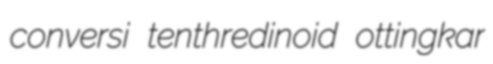
conversi tenthredinoid ottingkar